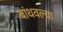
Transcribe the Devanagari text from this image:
बांधवल्या